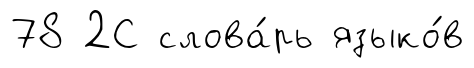
78 2С слова́рь языко́в